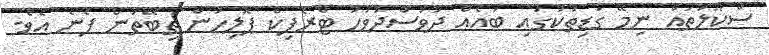
ސްކޫލުތައް ނިމޭ ގަޑިތަކުގައި ބައެއް ދުވަސްދުވަހު ޓްރެފިކް ޕޮލިހުން ތިބޭތަން ފެނެ އެވެ.